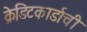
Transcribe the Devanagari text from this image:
क्रेडिटकार्डाची